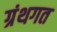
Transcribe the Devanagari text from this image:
ग्रंथगत